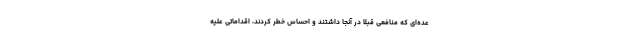
عده‌ای که منافعی قبلا در آنجا داشتند و احساس خطر کردند، اقداماتی علیه